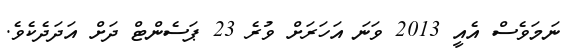
ނަމަވެސް އެއީ 2013 ވަނަ އަހަރަށް ވުރެ 23 ޕަސެންޓް ދަށް އަދަދެކެވެ.